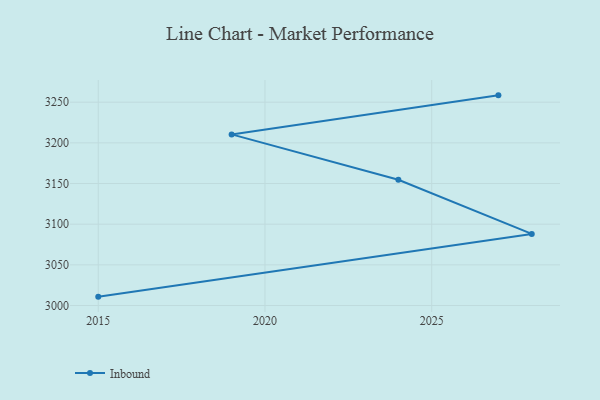
{"axis": {"x": "Year", "y": "Humidity (%)"}, "legend": ["Inbound"], "data": [{"x": "2027", "y": 3258.4, "type": "Inbound"}, {"x": "2019", "y": 3210.4, "type": "Inbound"}, {"x": "2024", "y": 3154.6, "type": "Inbound"}, {"x": "2028", "y": 3088.0, "type": "Inbound"}, {"x": "2015", "y": 3010.9, "type": "Inbound"}]}